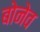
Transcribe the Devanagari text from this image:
बोनेव